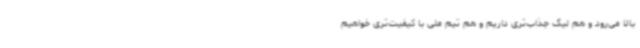
بالا می‌رود و هم لیگ جذاب‌تری داریم و هم تیم ملی با کیفیت‌تری خواهیم